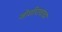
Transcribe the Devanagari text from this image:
जोशीरावांचा